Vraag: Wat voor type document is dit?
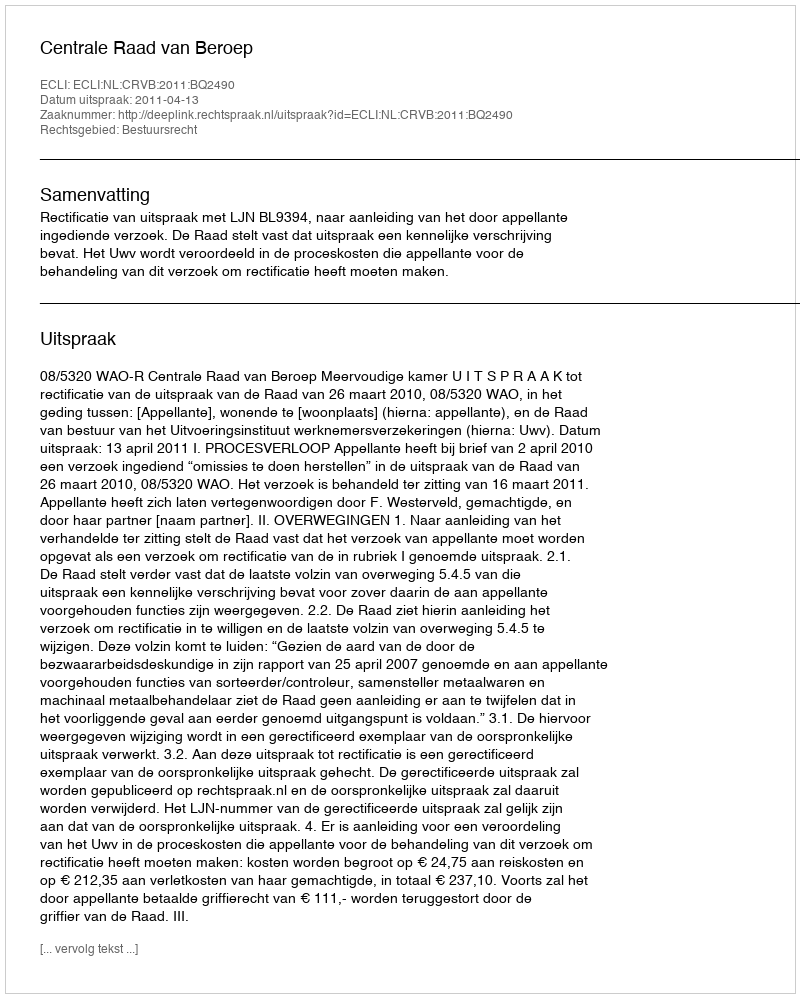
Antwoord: Uitspraak